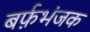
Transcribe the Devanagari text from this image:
बर्फ़भंजक